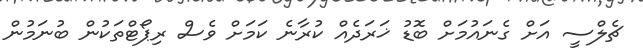
ޗެލްސީ އަށް ގެނައުމަށް ބޮޑު ޚަރަދެއް ކުރާނެ ކަމަށް ވެސް ރިޕޯޓްތަކުން ބުނަމުން